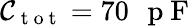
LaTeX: \mathcal{C}_{\mathrm{{~t~o~t~}}}=70\mathrm{{~\, ~p~F~}}